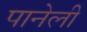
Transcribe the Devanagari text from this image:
पानेली